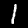
Label: 1